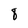
Character: 8